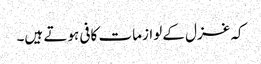
کہ غزل کے لوازمات کافی ہوتے ہیں۔